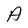
Character: A